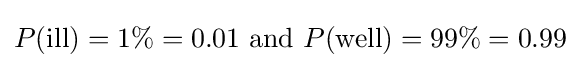
P({\text{ill}})=1\%=0.01{\text{ and }}P({\text{well}})=99\%=0.99